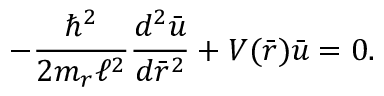
- \frac { \hbar ^ { 2 } } { 2 m _ { r } \ell ^ { 2 } } \frac { d ^ { 2 } \bar { u } } { d \bar { r } ^ { 2 } } + V ( \bar { r } ) \bar { u } = 0 .